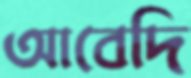
আবেদি